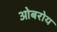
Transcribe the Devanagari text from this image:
ओबरोय